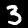
Digit: 3